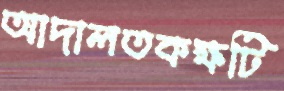
আদালতকক্ষটি